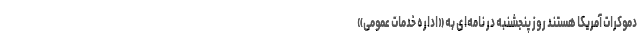
دموکرات آمریکا هستند روز پنجشنبه در نامه‌ای به «اداره خدمات عمومی»